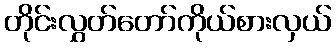
တိုင်းလွှတ်တော်ကိုယ်စားလှယ်